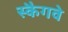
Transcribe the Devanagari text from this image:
स्कैगवे